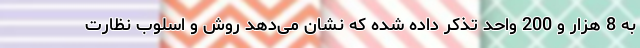
به 8 هزار و 200 واحد تذکر داده شده که نشان می‌دهد روش و اسلوب نظارت